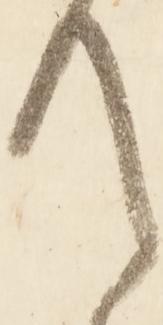
て